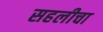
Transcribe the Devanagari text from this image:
सहलीचा